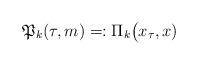
LaTeX: \begin{align*} \mathfrak{P}_k(\tau,m)=:\Pi_k\big(x_\tau,x)\end{align*}